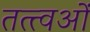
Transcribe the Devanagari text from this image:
तत्त्वओं